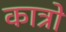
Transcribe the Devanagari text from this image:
कात्रो